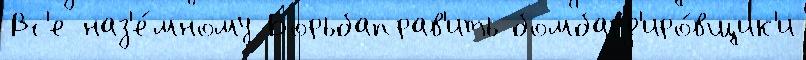
Вс'е наз'е́мному Борьбаправ'ить бомбард'иро́вщик'и